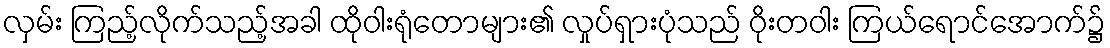
လှမ်း ကြည့်လိုက်သည့်အခါ ထိုဝါးရုံတောများ၏ လှုပ်ရှားပုံသည် ဝိုးတဝါး ကြယ်ရောင်အောက်၌